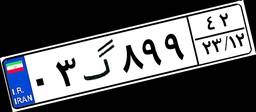
۰۳گ۸۹۹۴۲